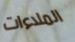
الملاءات